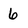
Character: 6